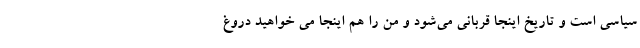
سیاسی است و تاریخ اینجا قربانی می‌شود و من را هم اینجا می خواهید دروغ